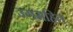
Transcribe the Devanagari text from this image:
उगमहित